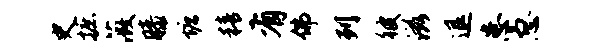
史摭薇膝塘精有佛列彼滋退患急